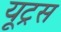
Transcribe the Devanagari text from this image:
यूट्रस